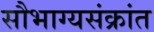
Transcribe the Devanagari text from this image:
सौभाग्यसंक्रांत